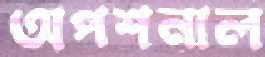
অপশনাল